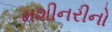
મશીનરીનો